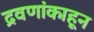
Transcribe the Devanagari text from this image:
द्रवणांकाहून